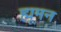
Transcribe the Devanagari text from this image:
ह्मूमन